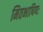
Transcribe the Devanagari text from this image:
मितभाषिणः